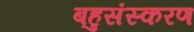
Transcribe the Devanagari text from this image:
बहुसंस्करण